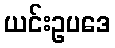
ယင်းဥပဒေ